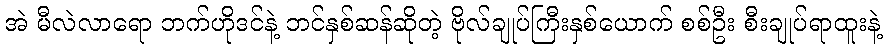
အဲ မီလဲလာရော ဘက်ဟိုဒင်နဲ့ ဘင်နှစ်ဆန်ဆိုတဲ့ ဗိုလ်ချုပ်ကြီးနှစ်ယောက် စစ်ဦး စီးချုပ်ရာထူးနဲ့